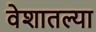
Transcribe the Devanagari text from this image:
वेशातल्या